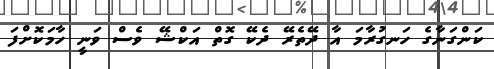
ކަންގަނާގެ ހަނގުރާމަ އާ ދޭތެރޭ ދެކޭ ގޮތް އަކްޝޭ ވެސް ވަނީ ހާމަކޮށްފަ